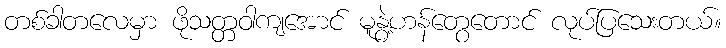
တစ်ခါတလေမှာ ဖိုသတ္တဝါကျအောင် မူနွဲ့ဟန်တွေတောင် လုပ်ပြသေးတယ်။